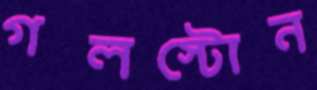
গলস্টোন